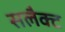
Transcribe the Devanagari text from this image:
सलैक्ट